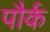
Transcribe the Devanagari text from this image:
पौर्क